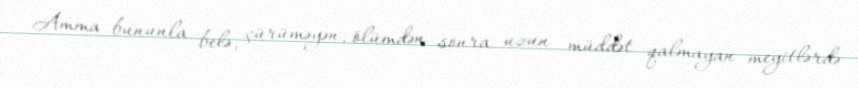
Amma bununla belə, çürüməyən, ölümdən sonra uzun müddət qalmayan meyitlərdə